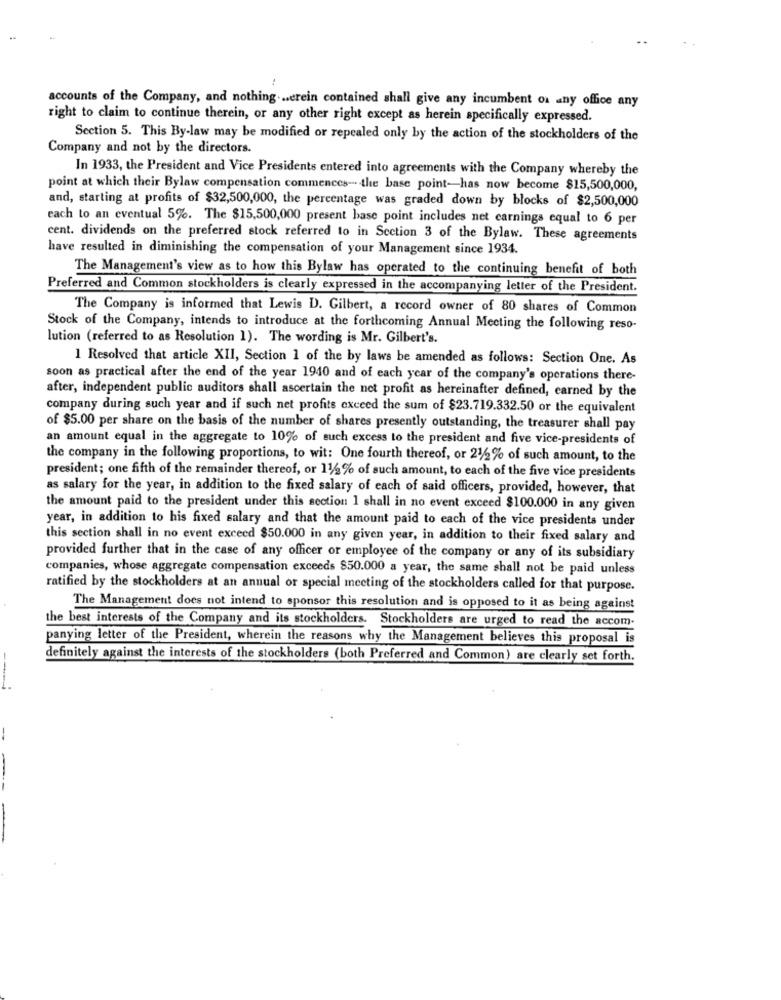
accounts of the Company, and nothing ... erein contained shall give any incumbent os any office any
right to claim to continue therein, or any other right except as herein specifically expressed.
Section 5. This By-law may be modified or repealed only by the action of the stockholders of the
Company and not by the directors.
In 1933, the President and Vice Presidents entered into agreements with the Company whereby the
point at which their Bylaw compensation commences -. the base point-has now become $15,500,000,
and, starting at profits of $32,500,000, the percentage was graded down by blocks of $2,500,000
each to an eventual 5%. The $15,500,000 present base point includes net earnings equal to 6 per
cent. dividends on the preferred stock referred to in Section 3 of the Bylaw. These agreements
have resulted in diminishing the compensation of your Management since 1934.
The Management's view as to how this Bylaw has operated to the continuing benefit of both
Preferred and Common stockholders is clearly expressed in the accompanying letter of the President.
The Company is informed that Lewis D. Gilbert, a record owner of 80 shares of Common
Stock of the Company, intends to introduce at the forthcoming Annual Meeting the following reso-
lution (referred to as Resolution 1). The wording is Mr. Gilbert's.
1 Resolved that article XII, Section 1 of the by laws be amended as follows: Section One. As
soon as practical after the end of the year 1940 and of each year of the company's operations there-
after, independent public auditors shall ascertain the net profit as hereinafter defined, earned by the
company during such year and if such net profits exceed the sum of $23.719.332.50 or the equivalent
of $5.00 per share on the basis of the number of shares presently outstanding, the treasurer shall pay
an amount equal in the aggregate to 10% of such excess to the president and five vice-presidents of
the company in the following proportions, to wit: One fourth thereof, or 21/2% of such amount, to the
president; one fifth of the remainder thereof, or 11/2% of such amount, to each of the five vice presidents
as salary for the year, in addition to the fixed salary of each of said officers, provided, however, that
the amount paid to the president under this section 1 shall in no event exceed $100.000 in any given
year, in addition to his fixed salary and that the amount paid to each of the vice presidents under
this section shall in no event exceed $50.000 in any given year, in addition to their fixed salary and
provided further that in the case of any officer or employee of the company or any of its subsidiary
companies, whose aggregate compensation exceeds 850.000 a year, the same shall not be paid unless
ratified by the stockholders at an annual or special meeting of the stockholders called for that purpose.
The Management does not intend to sponsor this resolution and is opposed to it as being against
the best interests of the Company and its stockholders. Stockholders are urged to read the accom.
panying letter of the President, wherein the reasons why the Management believes this proposal is
definitely against the interests of the stockholders (both Preferred and Common) are clearly set forth.